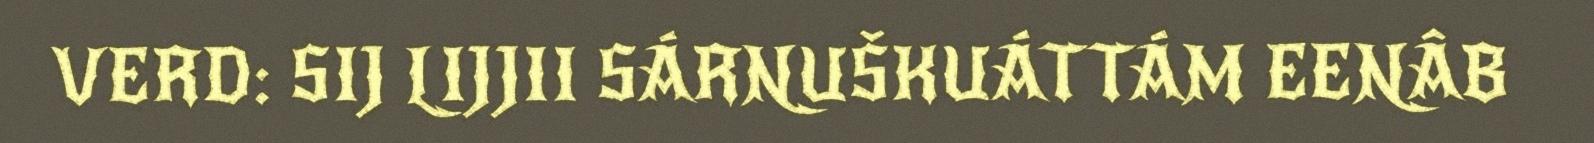
VERD: SIJ LIJJII SÁRNUŠKUÁTTÁM EENÂB